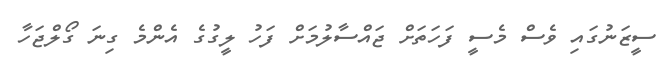
ސީޒަނުގައި ވެސް މެސީ ފަހަތަށް ޖައްސާލުމަށް ފަހު ލީގުގެ އެންމެ ގިނަ ގޯލްޖަހާ